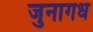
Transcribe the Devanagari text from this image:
जुनागध